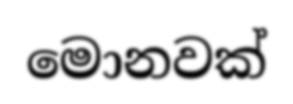
මොනවක්